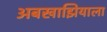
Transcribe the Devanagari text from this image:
अबखाझियाला